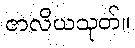
ဇာလိယသုတ်။